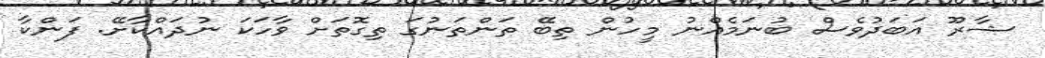
ޝާރޫ އަބަދުވެސް ބުނަމެއްނު މީހުން ތިބޭ ތަންތަނުގަ ތިގޮތަށް ވާހަކަ ނުދައްކާށޭ. ފަންކާ